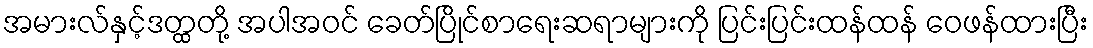
အမားလ်နှင့်ဒတ္ထတို့ အပါအဝင် ခေတ်ပြိုင်စာရေးဆရာများကို ပြင်းပြင်းထန်ထန် ဝေဖန်ထားပြီး